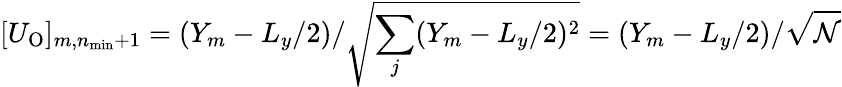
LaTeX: [U_{\mathrm{O}}]_{m,n_{\mathrm{min}}+1}=(Y_{m}-L_{y}/2)/\sqrt{\sum_{j}(Y_{m}-L_{y}/2)^{2}}=(Y_{m}-L_{y}/2)/\sqrt{\mathcal{N}}